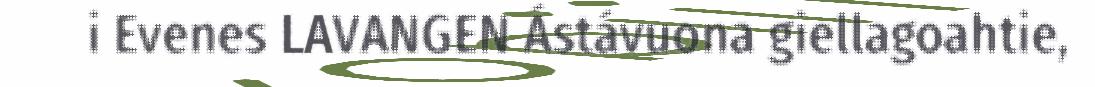
i Evenes LAVANGEN Ástávuona giellagoahtie,